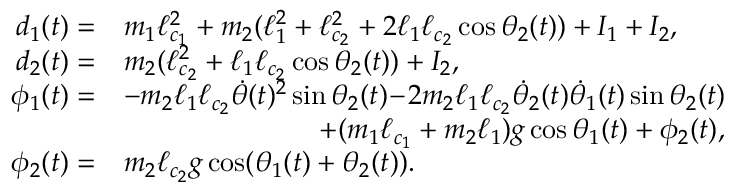
\begin{array} { r l } { d _ { 1 } ( t ) = } & { m _ { 1 } \ell _ { c _ { 1 } } ^ { 2 } + m _ { 2 } ( \ell _ { 1 } ^ { 2 } + \ell _ { c _ { 2 } } ^ { 2 } + 2 \ell _ { 1 } \ell _ { c _ { 2 } } \cos \theta _ { 2 } ( t ) ) + I _ { 1 } + I _ { 2 } , } \\ { d _ { 2 } ( t ) = } & { m _ { 2 } ( \ell _ { c _ { 2 } } ^ { 2 } + \ell _ { 1 } \ell _ { c _ { 2 } } \cos \theta _ { 2 } ( t ) ) + I _ { 2 } , } \\ { \phi _ { 1 } ( t ) = } & { - m _ { 2 } \ell _ { 1 } \ell _ { c _ { 2 } } \dot { \theta } ( t ) ^ { 2 } \sin \theta _ { 2 } ( t ) \! - \! 2 m _ { 2 } \ell _ { 1 } \ell _ { c _ { 2 } } \dot { \theta } _ { 2 } ( t ) \dot { \theta } _ { 1 } ( t ) \sin \theta _ { 2 } ( t ) } \\ & { \qquad \qquad \qquad \quad + ( m _ { 1 } \ell _ { c _ { 1 } } + m _ { 2 } \ell _ { 1 } ) g \cos \theta _ { 1 } ( t ) + \phi _ { 2 } ( t ) , } \\ { \phi _ { 2 } ( t ) = } & { m _ { 2 } \ell _ { c _ { 2 } } g \cos ( \theta _ { 1 } ( t ) + \theta _ { 2 } ( t ) ) . } \end{array}